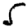
Digit: 5